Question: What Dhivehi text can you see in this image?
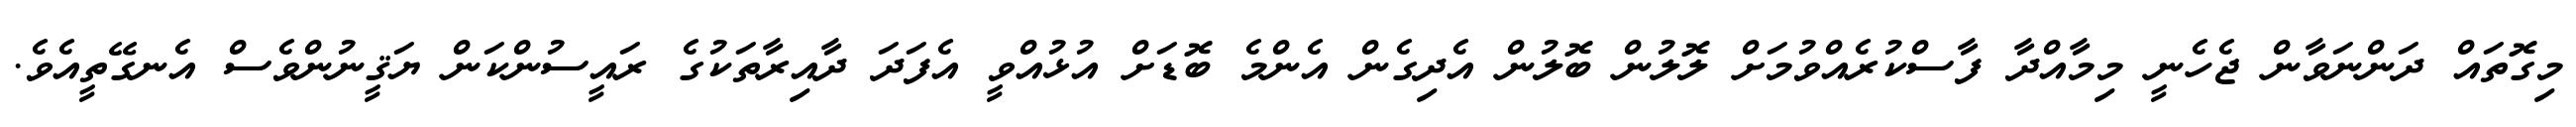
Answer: މިގޮތައް ދަންނަވާން ޖެހެނީ މިމާއްދާ ފާސްކުރެއްވުމަށް ލޮލުން ބޮލުން އެދިގެން އެންމެ ބޮޑަށް އުޅުއްވީ އެފަދަ ދާއިރާތަކުގެ ރައީސުންކަން ޔަޤީނުންވެސް އެނގޭތީއެވެ.